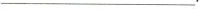
___.